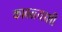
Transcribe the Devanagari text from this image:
कावळ्याशी